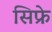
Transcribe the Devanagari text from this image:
सिफ्रे